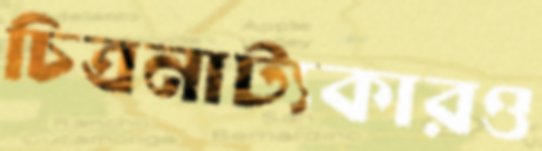
চিত্রনাট্যকারও